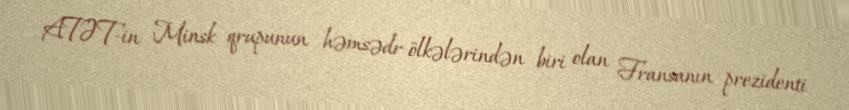
ATƏT-in Minsk qrupunun həmsədr ölkələrindən biri olan Fransanın prezidenti